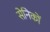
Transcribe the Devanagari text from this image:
सेनिकों